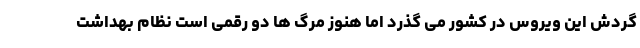
گردش این ویروس در کشور می گذرد اما هنوز مرگ ها دو رقمی است نظام بهداشت